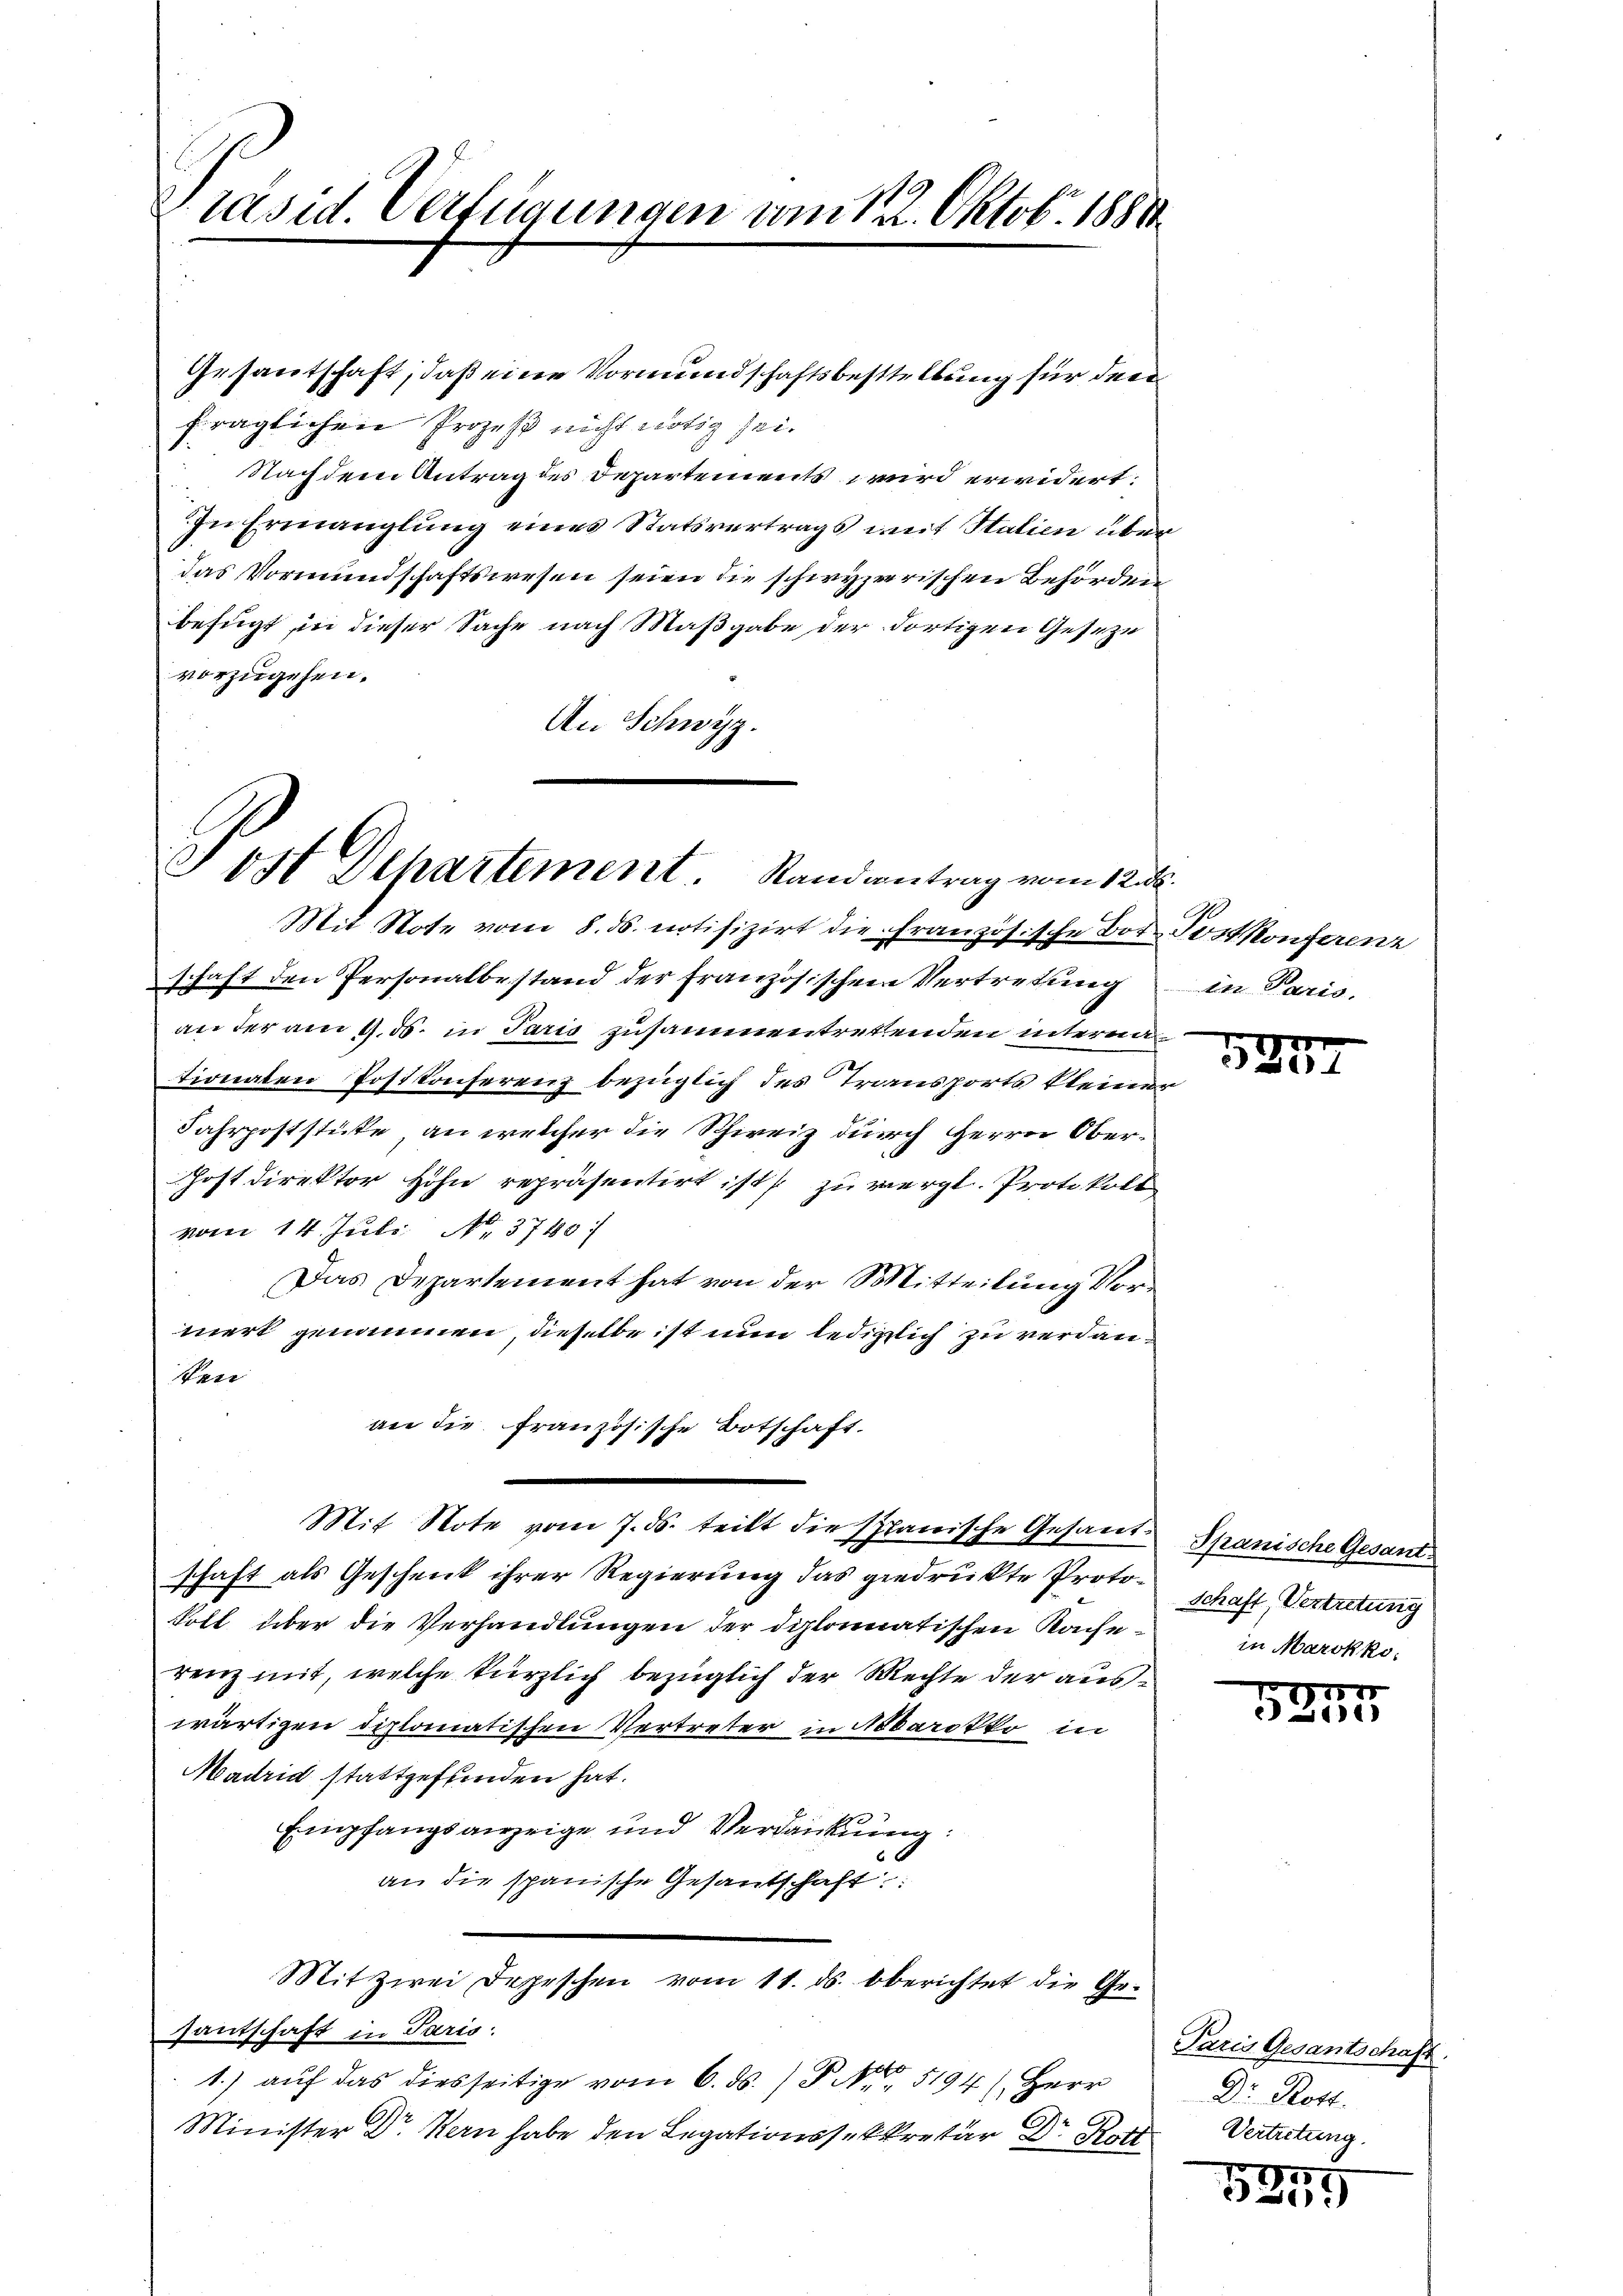
Präsid. Verfügungen vom 12. Oktob. 1881

Gesantschaft, daß eine Vormundschaftsbestellung für der
fraglichen Prozeß nicht nötig sei.
Nachdem Antrag des Departements wird erwidert:
In Ermanglung eines Statsvertrags mit Stalien über
das Vormundschaftswesen seien die schwyzerischen Behörden
befugt in dieser Sache nach Maßgabe der dortigen Geseze
vorzugehen.
An Schwyz.

Jost Departement Randantrag vom 12.

Mit Note vom 8. ds. notifizirt die französische Bor Postkonferenz
schaft den Personalbestand der Französischen Vertretung in Paris.
an der am 9. ds. in Paris zusammentretenden internationaten Postkonferenz bezüglich des Transports kleine
Fahrpoststete, an welcher die Schweiz durch Herrn Ober¬
Postdirektor Hohn repräsentirt ist zu vergl. Protokoll
vom 14. Juli No. 3780:
Das Departement hat von der Mitteilung Vormerk genommen, dieselbe ist nun lediglich zu verdan¬
Seni
aie die französische Botschaft.
Mit Note vom 7. ds. teilt die Spanische Gesant Spanische Gesandschaft als Geschenk ihrer Regierung das gedrükte Proto- schaft Vertretung
toll über die Verhandlungen der diplomatischen Rache
renz mit, welche kürzlich bezüglich der Rechte der auswärtigen diplomatischen Vertreter in Notarokko in
Madrid stattgefunden hat.
Empfangsanzeige und Verdankung:
an die spanische Gesandschaft:
Mit zwei Depeschen vom 11. ds. Oberichtet die Gesantschaft in Paris
1.) auf das diesseitige vom 6. ds. / P. Nr. 5194) Herr
Minister Dr. Kern habe den Legationssekretär Dr Ro

Paris Gesantschaft.
Dr. Rott.
Vertretung.

er

Pe

in Marokko

1150
2

5
x